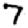
Digit: 7